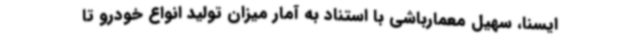
ایسنا، سهیل معمارباشی با استناد به آمار میزان تولید انواع خودرو تا